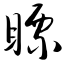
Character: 瞟